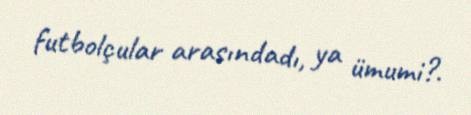
futbolçular arasındadı, ya ümumi?.